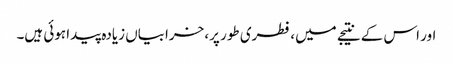
اور اس کے نتیجے میں، فطری طور پر، خرابیاں زیادہ پیدا ہوئی ہیں۔